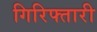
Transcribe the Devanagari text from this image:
गिरिफ्तारी